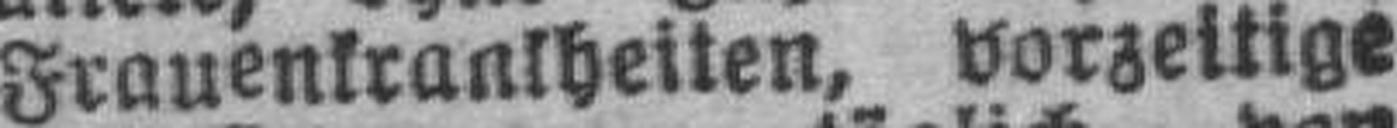
Frauenkrankheiten, vorzeitige